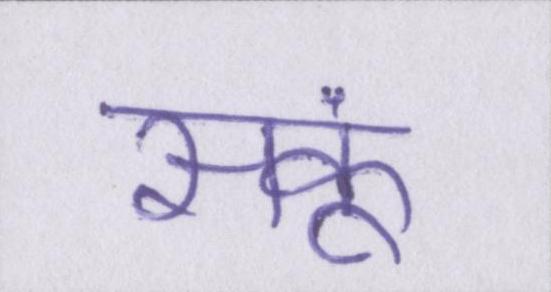
सकूं